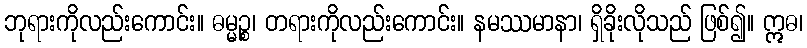
ဘုရားကိုလည်းကောင်း။ ဓမ္မဉ္စ၊ တရားကိုလည်းကောင်း။ နမဿမာနာ၊ ရှိခိုးလိုသည် ဖြစ်၍။ ဣဓ၊